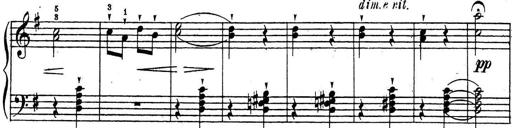
Title: 10 Sonatinas
Composer: Fritz Spindler